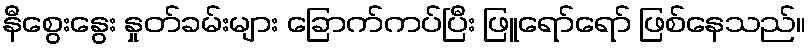
နီစွေးနွေး နှုတ်ခမ်းများ ခြောက်ကပ်ပြီး ဖြူရော်ရော် ဖြစ်နေသည်။